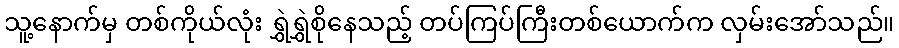
သူ့နောက်မှ တစ်ကိုယ်လုံး ရွှဲရွှဲစိုနေသည့် တပ်ကြပ်ကြီးတစ်ယောက်က လှမ်းအော်သည်။